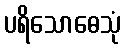
ပရိသောဓေသုံ